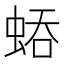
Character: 𧌀